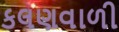
કલણવાળી